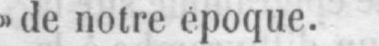
»de notre époque.